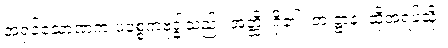
အရှင်သောဏက ပစ္စေကဗုဒ္ဓါသည်။ အတ္ထိ၊ ရှိ၏။ တံ ဋ္ဌာနံ၊ ထိုအရပ်သို့။